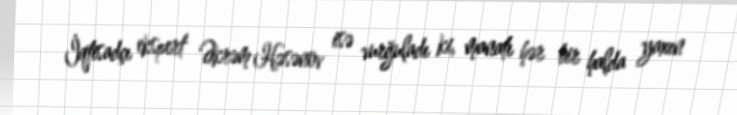
İqtisadçı ekspert Əkrəm Həsənov isə vurğuladı ki, manatı hər bir halda yaxın